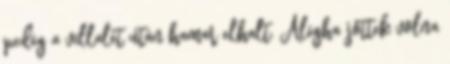
pedig a villalét után hamar elhalt. Aligha jöttek volna